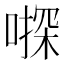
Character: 𠽄